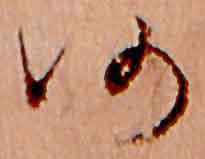
仍